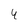
Character: 4